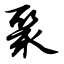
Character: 聚